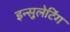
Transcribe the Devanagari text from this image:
इन्सुलेटिंग